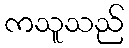
ကသူသည်